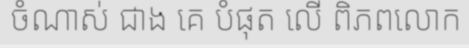
ចំណាស់ ជាង គេ បំផុត លើ ពិភពលោក